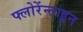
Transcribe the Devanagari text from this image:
फ्लोरेंन्टाइन